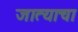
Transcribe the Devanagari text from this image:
जात्याचा